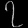
Digit: ၇